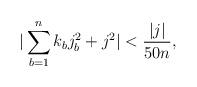
LaTeX: \begin{align*}|\sum_{b=1}^nk_bj_b^2+ j^2|<\frac{|j|}{50n},\end{align*}